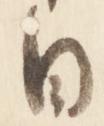
日